On the action of the venoms of the cobra (Naja tripudians) and of the daboia (Daboia russellii) on the red blood corpuscles and on the blood plasma - Number 4
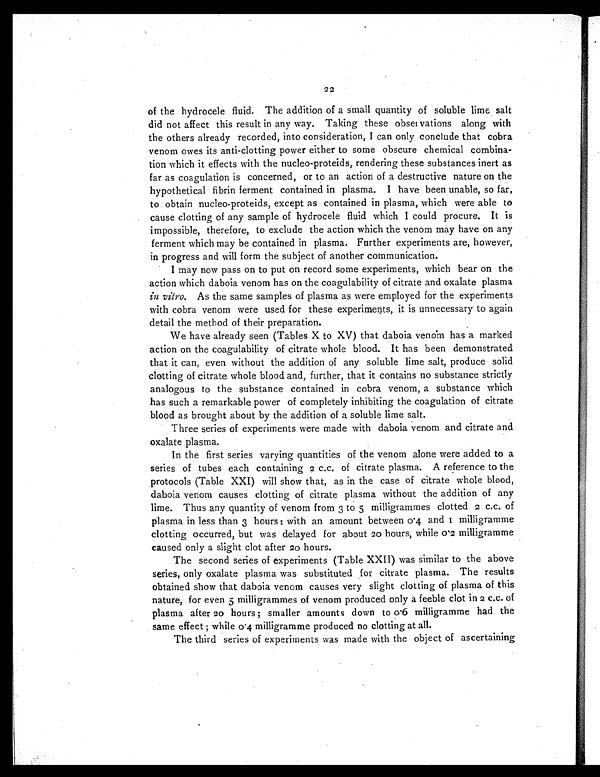
22
of the hydrocele fluid. The addition of a small quantity of soluble lime salt
did not affect this result in any way. Taking these obser vations along with
the others already recorded, into consideration, I can only conclude that cobra
venom owes its anti-clotting power either to some obscure chemical combina-
tion which it effects with the nucleo-proteids, rendering these substances inert as
far as coagulation is concerned, or to an action of a destructive nature on the
hypothetical fibrin ferment contained in plasma. I have been unable, so far,
to obtain nucleo-proteids, except as contained in plasma, which were able to
cause clotting of any sample of hydrocele fluid which I could procure. It is
impossible, therefore, to exclude the action which the venom may have on any
ferment which may be contained in plasma. Further experiments are, however,
in progress and will form the subject of another communication.
I may now pass on to put on record some experiments, which bear on the
action which daboia venom has on the coagulability of citrate and oxalate plasma
in vitro. As the same samples of plasma as were employed for the experiments
with cobra venom were used for these experiments, it is unnecessary to again
detail the method of their preparation.
We have already seen (Tables X to XV) that daboia venom has a marked
action on the coagulability of citrate whole blood. It has been demonstrated
that it can, even without the addition of any soluble lime salt, produce solid
clotting of citrate whole blood and, further, that it contains no substance strictly
analogous to the substance contained in cobra venom, a substance which
has such a remarkable power of completely inhibiting the coagulation of citrate
blood as brought about by the addition of a soluble lime salt.
Three series of experiments were made with daboia venom and citrate and
oxalate plasma.
In the first series varying quantities of the venom alone were added to a
series of tubes each containing 2 c.c. of citrate plasma. A reference to the
protocols (Table XXI) will show that, as in the case of citrate whole blood,
daboia venom causes clotting of citrate plasma without the addition of any
lime. Thus any quantity of venom from 3 to 5 milligrammes clotted 2 c.c. of
plasma in less than 3 hours : with an amount between 0.4 and I milligramme
clotting occurred, but was delayed for about 20 hours, while 0 '2 milligramme
caused only a slight clot after 20 hours.
The second series of experiments (Table XXII) was similar to the above
series, only oxalate plasma was substituted for citrate plasma. The results
obtained show that daboia venom causes very slight clotting of plasma of this
nature, for even 5 milligrammes of venom produced only a feeble clot in 2 c.c. of
plasma after 20 hours ; smaller amounts down to o.6 milligramme had the
same effect ; while o.4 milligramme produced no clotting at all.
The third series of experiments was made with the object of ascertaining